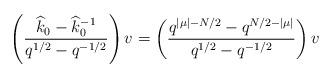
LaTeX: \begin{align*}\left(\frac{\widehat{k}_0 - \widehat{k}_0^{-1}}{q^{1/2}-q^{-1/2}}\right) v=\left(\frac{q^{|\mu|-N/2} - q^{N/2 - |\mu|}}{q^{1/2}-q^{-1/2}}\right) v\end{align*}